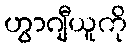
ဟွာဂျီယူကို